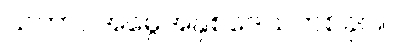
သဘာဝအမွေအနှစ်ဒေသတစ်ခုပါ။